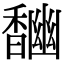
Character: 𩡎